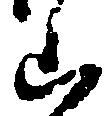
山